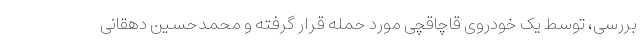
بررسی، توسط یک خودروی قاچاقچی مورد حمله قرار گرفته و محمدحسین دهقانی